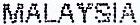
MALAYSIA